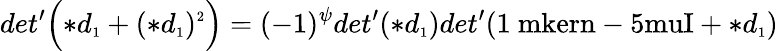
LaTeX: det^{\prime}\Bigl(\ast d_{\scriptscriptstyle 1}+(\ast d_{\scriptscriptstyle 1})^{\scriptscriptstyle 2}\Bigr)=(-1)^{\psi}det^{\prime}(\ast d_{\scriptscriptstyle 1})det^{\prime}(\mathrm{1\ mkern-5muI}+\ast d_{\scriptscriptstyle 1})